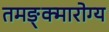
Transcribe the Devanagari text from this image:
तमङ्क्मारोग्य